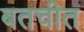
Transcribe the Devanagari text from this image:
बतचीत